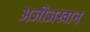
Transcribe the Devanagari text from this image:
अजीजखान